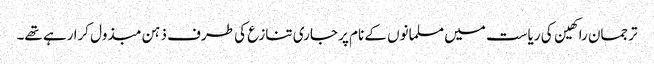
ترجمان راکھین کی ریاست میں مسلمانوں کے نام پر جاری تنازع کی طرف ذہن مبذول کرا رہے تھے۔